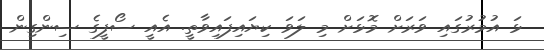
ޅަ އުމުރުގައި ވަރަށް މޮޅަށް މި ލަވަ ކިޔައިފައިވާތީ. އެއީ ސޯފީގެ ސިންގިން